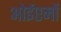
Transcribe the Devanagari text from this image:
ओईएमों